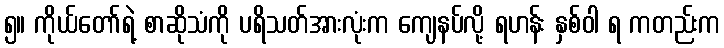
၅။ ကိုယ်တော်ရဲ့ စာဆိုသံကို ပရိသတ်အားလုံးက ကျေနပ်လို့ ရဟန်း နှစ်ဝါ ရ ကတည်းက